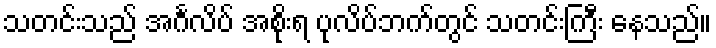
သတင်းသည် အင်္ဂလိပ် အစိုးရ ပုလိပ်ဘက်တွင် သတင်းကြီး နေသည်။